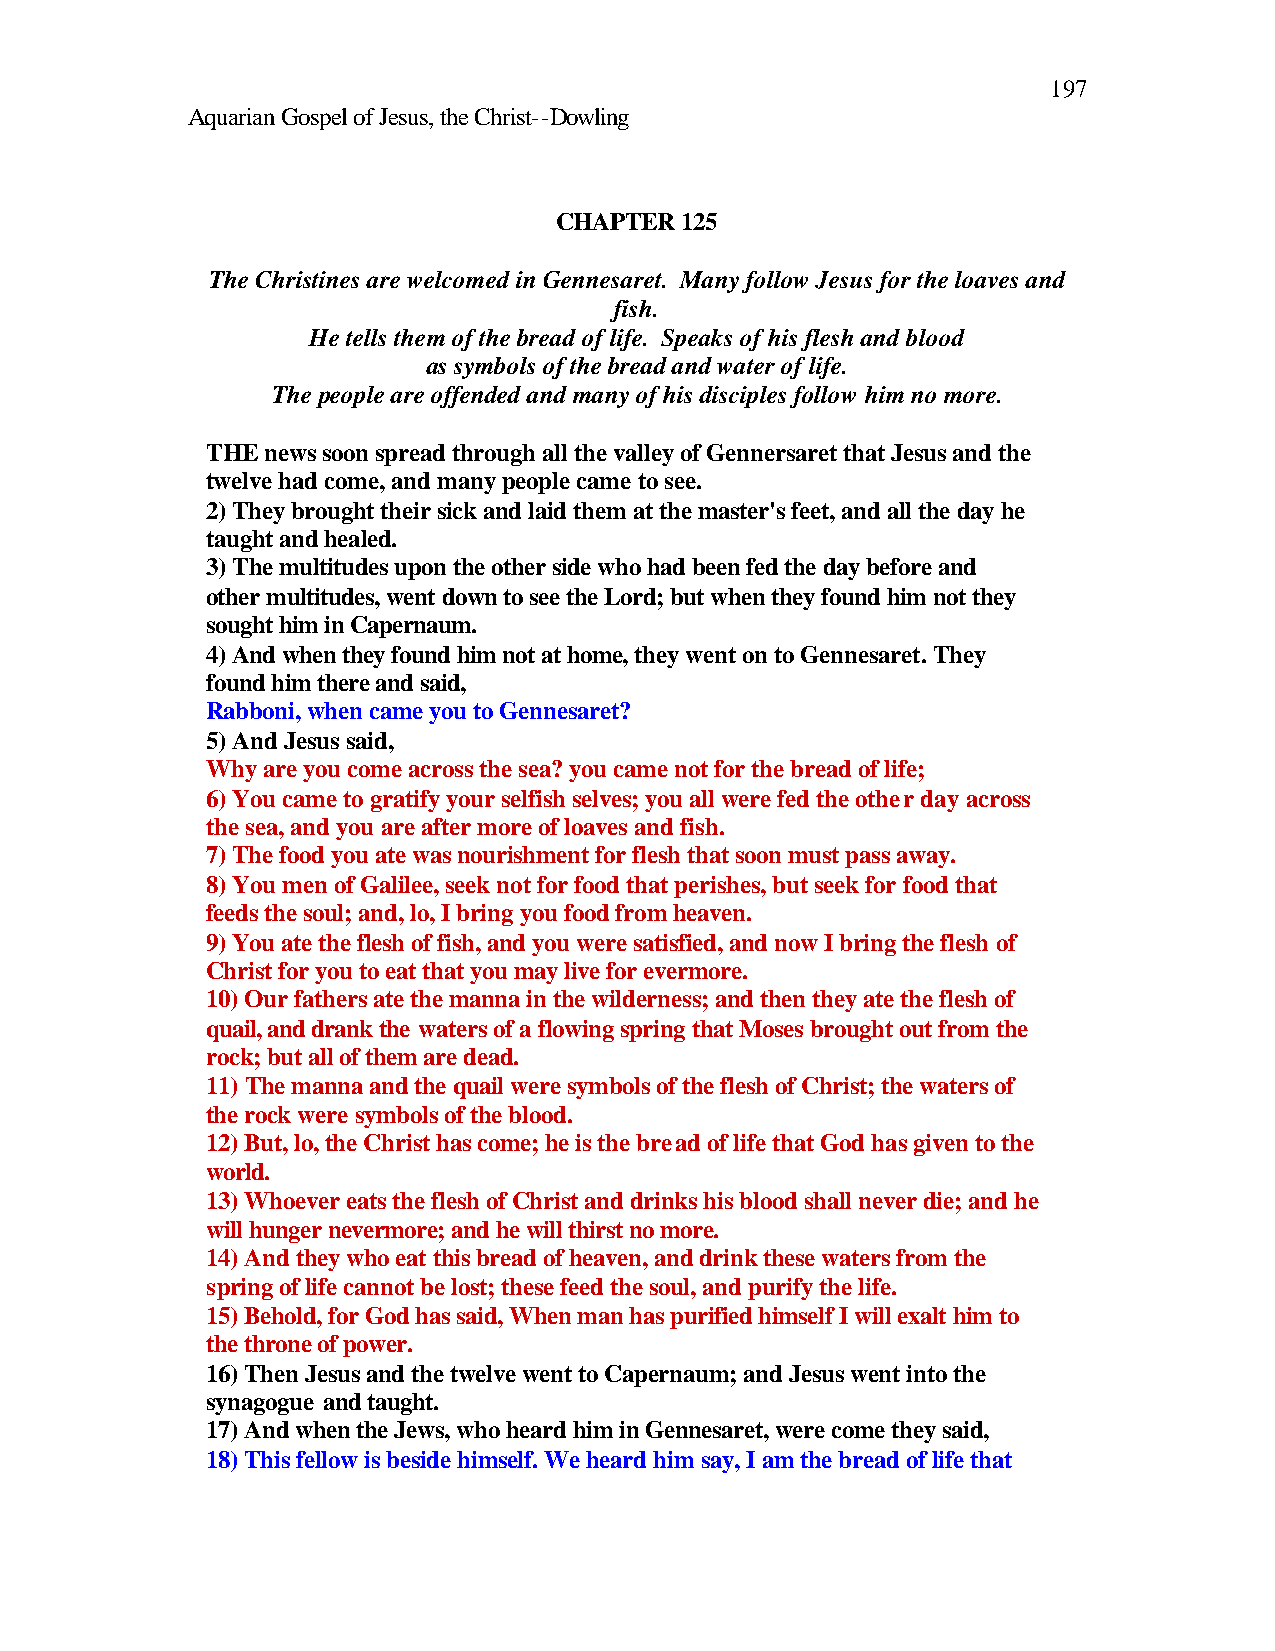
197
 Aquarian Gospel of Jesus, the Christ--Dowling
 CHAPTER 125
 The Christines are welcomed in Gennesaret. Many follow Jesus for the loaves and
 fish.
 He tells them of the bread of life. Speaks of his flesh and blood
 as symbols of the bread and water of life.
 The people are offended and many of his disciples follow him no more.
 THE news soon spread through all the valley of Gennersaret that Jesus and the
 twelve had come, and many people came to see.
 2) They brought their sick and laid them at the master's feet, and all the day he
 taught and healed.
 3) The multitudes upon the other side who had been fed the day before and
 other multitudes, went down to see the Lord; but when they found him not they
 sought him in Capernaum.
 4) And when they found him not at home, they went on to Gennesaret. They
 found him there and said,
 Rabboni, when came you to Gennesaret?
 5) And Jesus said,
 Why are you come across the sea? you came not for the bread of life;
 6) You came to gratify your selfish selves; you all were fed the other day across
 the sea, and you are after more of loaves and fish.
 7) The food you ate was nourishment for flesh that soon must pass away.
 8) You men of Galilee, seek not for food that perishes, but seek for food that
 feeds the soul; and, lo, I bring you food from heaven.
 9) You ate the flesh of fish, and you were satisfied, and now I bring the flesh of
 Christ for you to eat that you may live for evermore.
 10) Our fathers ate the manna in the wilderness; and then they ate the flesh of
 quail, and drank the waters of a flowing spring that Moses brought out from the
 rock; but all of them are dead.
 11) The manna and the quail were symbols of the flesh of Christ; the waters of
 the rock were symbols of the blood.
 12) But, lo, the Christ has come; he is the bread of life that God has given to the
 world.
 13) Whoever eats the flesh of Christ and drinks his blood shall never die; and he
 will hunger nevermore; and he will thirst no more.
 14) And they who eat this bread of heaven, and drink these waters from the
 spring of life cannot be lost; these feed the soul, and purify the life.
 15) Behold, for God has said, When man has purified himself I will exalt him to
 the throne of power.
 16) Then Jesus and the twelve went to Capernaum; and Jesus went into the
 synagogue and taught.
 17) And when the Jews, who heard him in Gennesaret, were come they said,
 18) This fellow is beside himself. We heard him say, I am the bread of life that